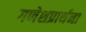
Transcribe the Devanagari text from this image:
गणेशप्रार्थना